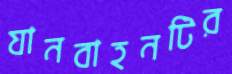
যানবাহনটির